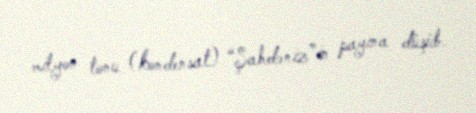
milyon tonu (kondensat) “Şahdəniz”in payına düşüb.